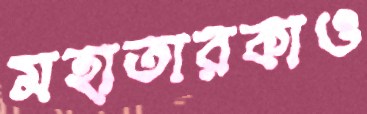
মহাতারকাও